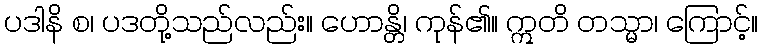
ပဒါနိ စ၊ ပဒတို့သည်လည်း။ ဟောန္တိ၊ ကုန်၏။ ဣတိ တသ္မာ၊ ကြောင့်။